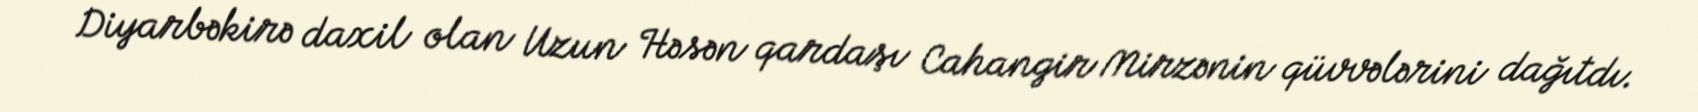
Diyarbəkirə daxil olan Uzun Həsən qardaşı Cahangir Mirzənin qüvvələrini dağıtdı.